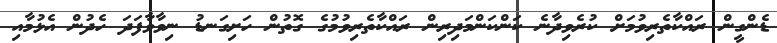
ޑެންގީން ރައްކާތެރިވުމަށް ކުރެވިދާނެ ކަންކަންމަދިރިން ރައްކާތެރިވުމުގެ ގޮތުން ހަށިގަނޑު ނިވާވާފަދަ ހެދުން އެޅުމާއި